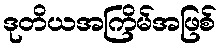
ဒုတိယအကြိမ်အဖြစ်